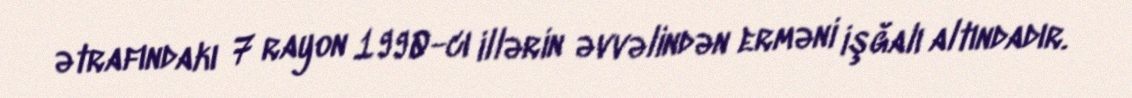
ətrafındakı 7 rayon 1990-cı illərin əvvəlindən erməni işğalı altındadır.